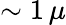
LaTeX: \sim 1\, \mu